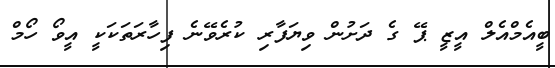
ބީއެމްއެލް އީޒީ ޕޭ ގެ ދަށުން ވިޔަފާރި ކުރެވޭނެ ފިހާރަތަކަކީ އީވޯ ހޯމް